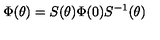
\Phi ( \theta ) = S ( \theta ) \Phi ( 0 ) S ^ { - 1 } ( \theta )